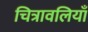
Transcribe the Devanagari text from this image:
चित्रावलियाँ